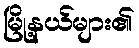
မြို့နယ်များ၏